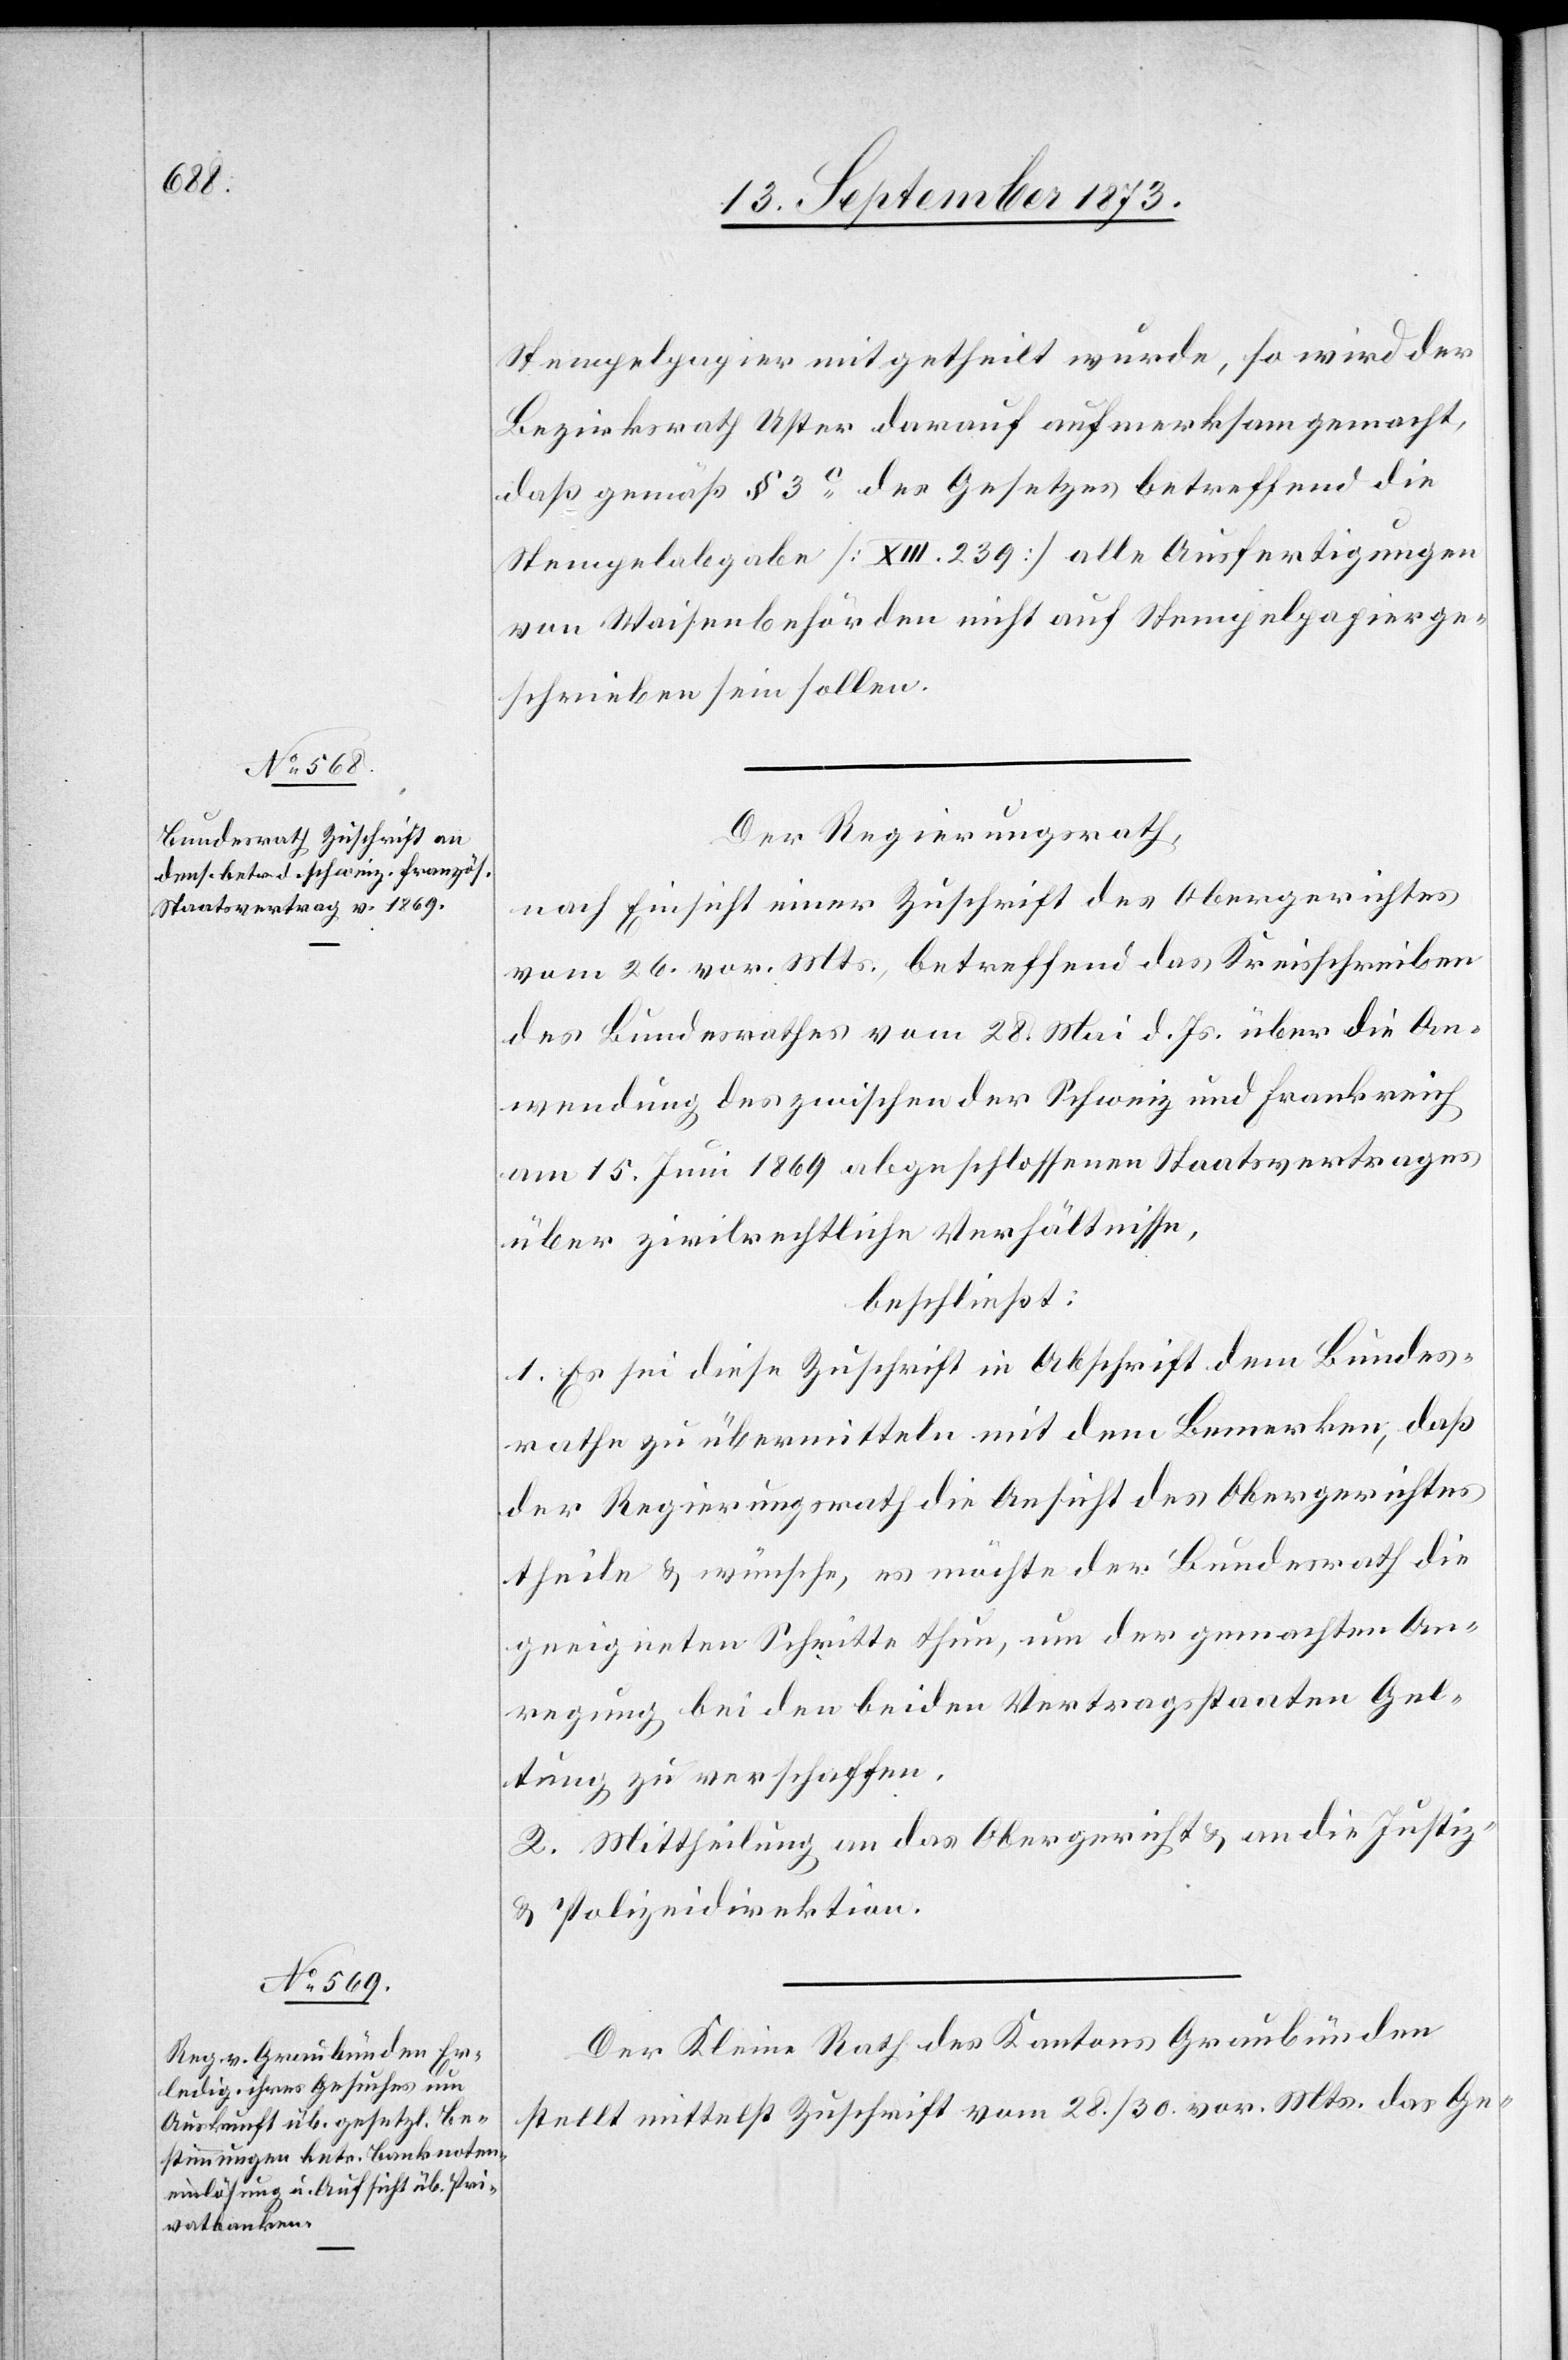
Stempelpapier mitgetheilt wurde, so wird der
Bezirksrath Uster darauf aufmerksam gemacht,
daß gemäß § 3c des Gesetzes betreffend die
Stempelabgabe [XIII. 239] alle Ausfertigungen
von Waisenbehörden nicht auf Stempelpapier ge¬
schrieben sein sollen.
Der Regierungsrath,
nach Einsicht einer Zuschrift des Obergerichtes
vom 26. vor. Mts., betreffend das Kreisschreiben
des Bundesrathes vom 28. Mai d. Js. über die An¬
wendung des zwischen der Schweiz und Frankreich
am 15. Juni 1869 abgeschlossenen Staatsvertrages
über zivilrechtliche Verhältnisse,
beschließt:
1. Es sei diese Zuschrift in Abschrift dem Bundes¬
rathe zu übermitteln mit dem Bemerken, daß
der Regierungsrath die Ansicht des Obergerichtes
theile & wünsche, es möchte der Bundesrath die
geeigneten Schritte thun, um der gemachten An¬
regung bei den beiden Vertragsstaaten Gel¬
tung zu verschaffen.
2. Mittheilung an das Obergericht & an die Justiz-
& Polizeidirektion.
Der Kleine Rath des Kantons Graubünden
stellt mittelst Zuschrift vom 28./30. vor. Mts. das Ge-